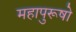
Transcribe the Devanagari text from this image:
महापुरूषो